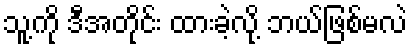
သူ့ကို ဒီအတိုင်း ထားခဲ့လို့ ဘယ်ဖြစ်မလဲ